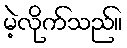
မဲ့လိုက်သည်။